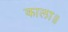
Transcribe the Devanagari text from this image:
काला॥